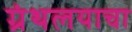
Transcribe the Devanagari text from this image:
ग्रंथलयाचा